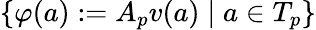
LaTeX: \{ \varphi(a):=A_{p}v(a)\; |\; a\in T_{p}\}